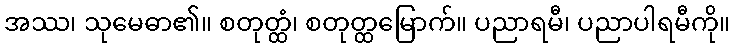
အဿ၊ သုမေဓာ၏။ စတုတ္ထံ၊ စတုတ္ထမြောက်။ ပညာရမီ၊ ပညာပါရမီကို။